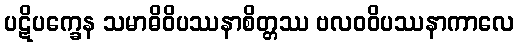
ပဋိပက္ခေန သမာဓိဝိပဿနာစိတ္တဿ ဗလဝဝိပဿနာကာလေ